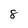
Character: 8